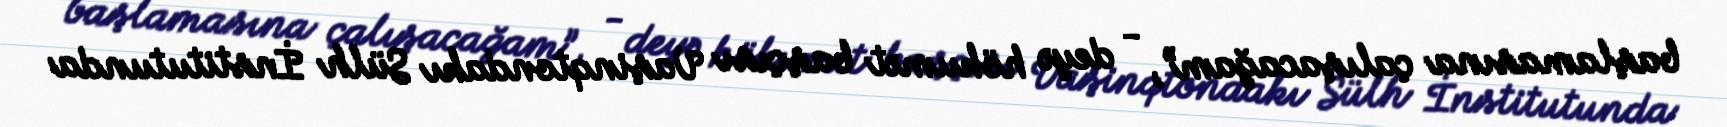
başlamasına çalışacağam”, - deyə hökumət başçısı Vaşinqtondakı Sülh İnstitutunda